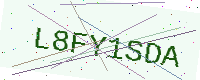
Text: L8FY1SDA